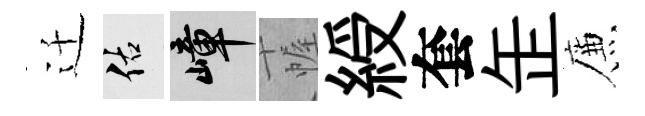
迁佑嶂幄綬套𦈢簾